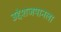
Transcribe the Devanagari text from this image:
उद्देशजपानला